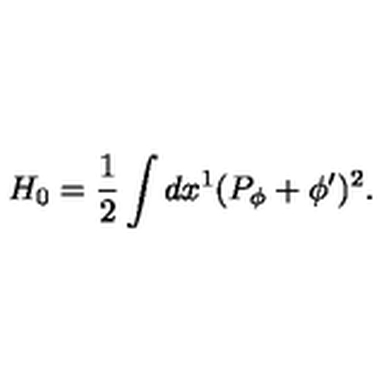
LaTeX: H _ { 0 } = { \frac { 1 } { 2 } } \int d x ^ { 1 } ( P _ { \phi } + \phi ^ { \prime } ) ^ { 2 } .